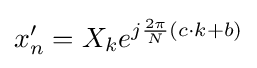
x_{n}'=X_{k}e^{j{\frac {2\pi }{N}}(c\cdot k+b)}